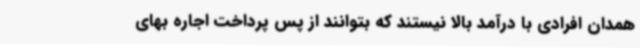
همدان افرادی با درآمد بالا نیستند که بتوانند از پس پرداخت اجاره بهای